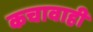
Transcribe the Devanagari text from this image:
कचावाही